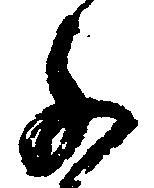
子